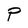
Character: P